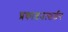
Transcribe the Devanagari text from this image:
प्रकाशउत्सर्जन